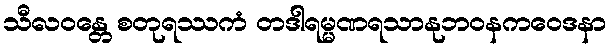
သီလဝန္တေ စတုရဿကံ တဒါရမ္မဏရသာနုဘဝနကဝေဒနာ